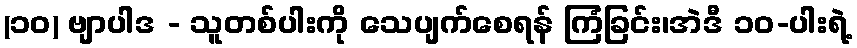
(၁၀) ဗျာပါဒ - သူတစ်ပါးကို သေပျက်စေရန် ကြံခြင်း၊အဲဒီ ၁၀-ပါးရဲ့